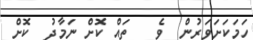
ހަމަކަށަވަރުން  ވެ   ތައް ކޮށް ނަމާދު  ކޮށް